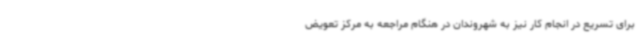
برای تسریع در انجام کار نیز به شهروندان در هنگام مراجعه به مرکز تعویض